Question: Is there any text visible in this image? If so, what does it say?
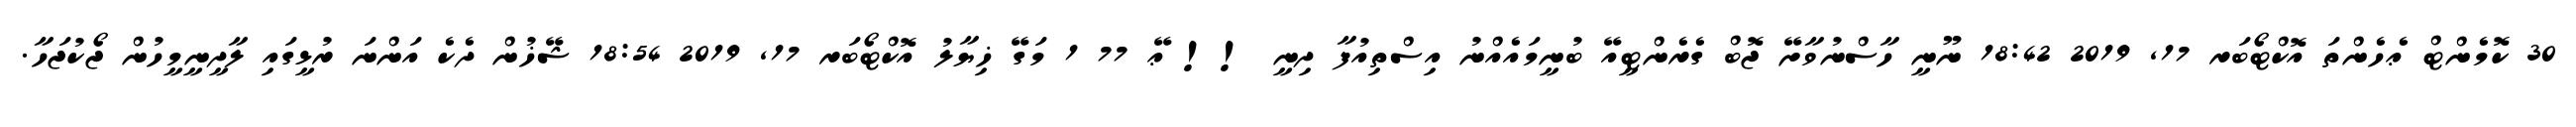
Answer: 30 ކޮމެންޓް ޢެހެންތަ އޮކްޓޯބަރ 17, 2019 18:42 ނޫނީ ހާސްނުވާށޭ ޖޮބް ގެރެންޓީއޭ ބުނީމައެއްނު އިސްތިއުފާ ދިނީ !! ޢޭ 77 1 މަގޭ ޚިޔާލު އޮކްޓޯބަރ 17, 2019 18:54 ޝޭޚުން ދެކެ އަންނަ ރުޅީގައި ލާދީނީމީހުން ޖޯކުޖަހާ.